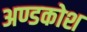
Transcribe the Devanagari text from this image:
अण्डकोश